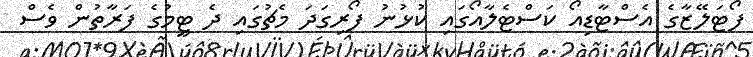
ފޯޓަލޭޒާގެ އެސްޓާޑިއޯ ކަސްޓެލާއޯގައި ކުޅުނު ފޯރިގަދަ މެޗުގައި ދެ ޓީމުގެ ފަރާތުން ވެސް